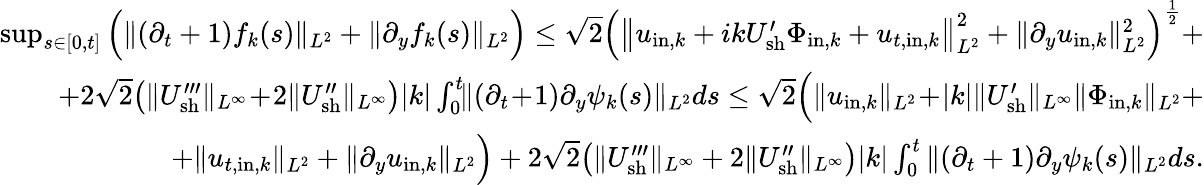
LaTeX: \begin{array}{r}{\operatorname*{sup}_{s\in[0,t]}\Big(\| (\partial_{t}+1)f_{k}(s)\| _{L^{2}}+\| \partial_{y}f_{k}(s)\| _{L^{2}}\Big)\leq\sqrt{2}\Big(\big\| u_{\mathrm{in},k}+ikU_{\mathrm{sh}}^{\prime}\Phi_{\mathrm{in},k}+u_{t,\mathrm{in},k}\big\| _{L^{2}}^{2}+\| \partial_{y}u_{\mathrm{in},k}\| _{L^{2}}^{2}\Big)^{\frac{1}{2}}+}\\ {+2\sqrt{2}\big(\| U_{\mathrm{sh}}^{\prime\prime\prime}\| _{L^{\infty}}\! +\! 2\| U_{\mathrm{sh}}^{\prime\prime}\| _{L^{\infty}}\big)|k|\int_{0}^{t}\! \! \| (\partial_{t}\! +\! 1)\partial_{y}\psi_{k}(s)\| _{L^{2}}ds\leq\sqrt{2}\Big(\| u_{\mathrm{in},k}\| _{L^{2}}\! +\! |k|\| U_{\mathrm{sh}}^{\prime}\| _{L^{\infty}}\| \Phi_{\mathrm{in},k}\| _{L^{2}}+}\\ {+\| u_{t,\mathrm{in},k}\| _{L^{2}}+\| \partial_{y}u_{\mathrm{in},k}\| _{L^{2}}\Big)+2\sqrt{2}\big(\| U_{\mathrm{sh}}^{\prime\prime\prime}\| _{L^{\infty}}+2\| U_{\mathrm{sh}}^{\prime\prime}\| _{L^{\infty}}\big)|k|\int_{0}^{t}\| (\partial_{t}+1)\partial_{y}\psi_{k}(s)\| _{L^{2}}ds.}\end{array}